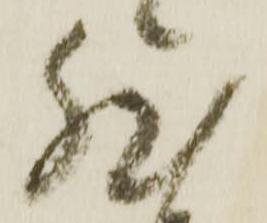
然